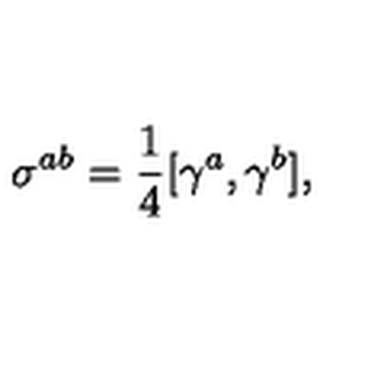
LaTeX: \sigma ^ { a b } = \frac { 1 } { 4 } [ \gamma ^ { a } , \gamma ^ { b } ] { , }